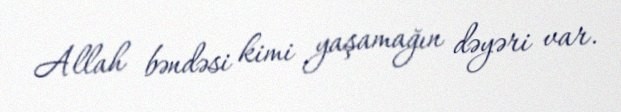
Allah bəndəsi kimi yaşamağın dəyəri var.